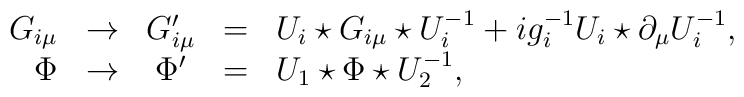
\begin{array}{rcccl}G_{i\mu}&\to & G^{\prime}_{i\mu}&=&U_i\star G_{i\mu}\star U_i^{-1}+ig_i^{-1}U_i\star\partial_{\mu}U_i^{-1},\\\Phi &\to & \Phi^{\prime}&=&U_1\star\Phi\star U_2^{-1},\end{array}